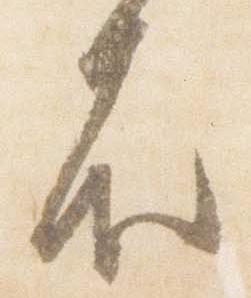
不